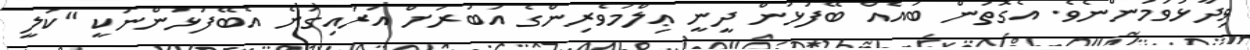
ވިދާޅުވަމުންނެވެ. އެގޮތުން ބައެއް ބޭފުޅުން ދީނީ ޢިލްމުވެރިންގެ އަބުރަށް އަރައިގަނެ އެބޭފުޅުންނަކީ "ކުލީ